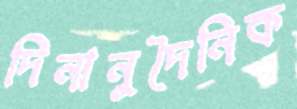
দিনানুদৈনিক